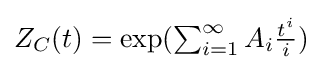
{\textstyle Z_{C}(t)=\exp(\sum _{i=1}^{\infty }{A_{i}{\frac {t^{i}}{i}}})}